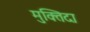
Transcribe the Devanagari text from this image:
मुक्‍तिदा